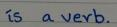
is  a verb